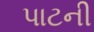
પાટની